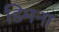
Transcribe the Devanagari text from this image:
डिमना